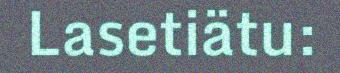
Lasetiätu: